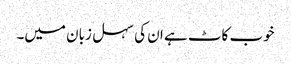
خوب کاٹ ہے ان کی سہل زبان میں۔